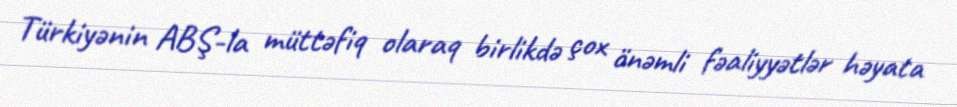
Türkiyənin ABŞ-la müttəfiq olaraq birlikdə çox önəmli fəaliyyətlər həyata